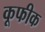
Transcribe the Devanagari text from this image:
कूफीक